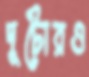
দুটোরও